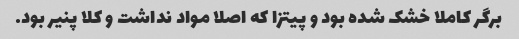
برگر کاملا خشک شده بود و پیتزا که اصلا مواد نداشت و کلا پنیر بود.